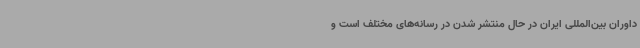
داوران بین‌المللی ایران در حال منتشر شدن در رسانه‌های مختلف است و